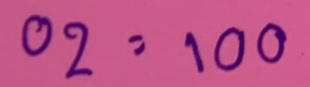
02 = 100